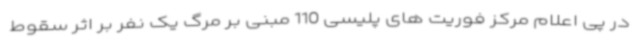
در پی اعلام مرکز فوریت های پلیسی 110 مبنی بر مرگ یک نفر بر اثر سقوط